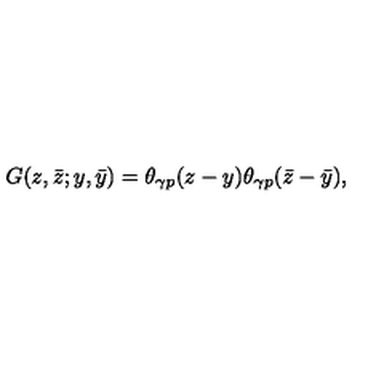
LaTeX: G ( z , \bar { z } ; y , \bar { y } ) = \theta _ { \gamma p } ( z - y ) \theta _ { \gamma p } ( \bar { z } - \bar { y } ) ,